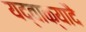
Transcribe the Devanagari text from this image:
यद्वाक्यादै